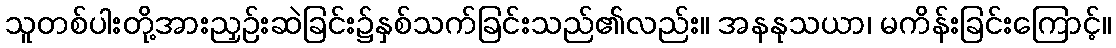
သူတစ်ပါးတို့အားညှဉ်းဆဲခြင်း၌နှစ်သက်ခြင်းသည်၏လည်း။ အနနုသယာ၊ မကိန်းခြင်းကြောင့်။